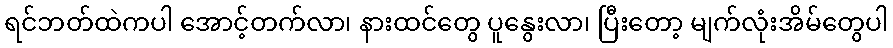
ရင်ဘတ်ထဲကပါ အောင့်တက်လာ၊ နားထင်တွေ ပူနွေးလာ၊ ပြီးတော့ မျက်လုံးအိမ်တွေပါ